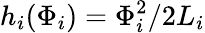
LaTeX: h_{i}(\Phi_{i})=\Phi_{i}^{2}/2L_{i}